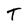
Character: T